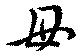
毋